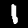
Label: 1